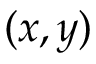
( x , y )